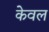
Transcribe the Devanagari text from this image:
केेवल